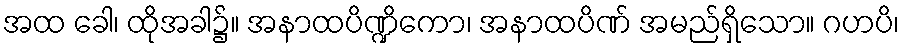
အထ ခေါ၊ ထိုအခါ၌။ အနာထပိဏ္ဍိကော၊ အနာထပိဏ် အမည်ရှိသော။ ဂဟပိ၊